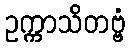
ဥက္ကာသိတဗ္ဗံ